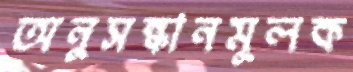
অনুসন্ধানমূলক